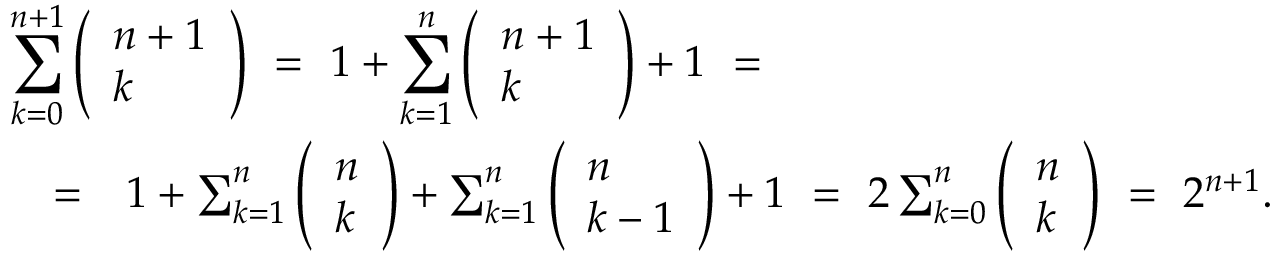
\begin{array} { r l r } { \lefteqn { \sum _ { k = 0 } ^ { n + 1 } \left( \begin{array} { l } { n + 1 } \\ { k } \end{array} \right) \ = \ 1 + \sum _ { k = 1 } ^ { n } \left( \begin{array} { l } { n + 1 } \\ { k } \end{array} \right) + 1 \ = } } \\ & { = } & { 1 + \sum _ { k = 1 } ^ { n } \left( \begin{array} { l } { n } \\ { k } \end{array} \right) + \sum _ { k = 1 } ^ { n } \left( \begin{array} { l } { n } \\ { k - 1 } \end{array} \right) + 1 \ = \ 2 \sum _ { k = 0 } ^ { n } \left( \begin{array} { l } { n } \\ { k } \end{array} \right) \ = \ 2 ^ { n + 1 } . } \end{array}